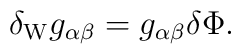
\delta_{\rm W} g_{\alpha\beta} = g_{\alpha\beta} \delta\Phi.